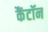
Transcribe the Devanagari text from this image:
कैंटॉन